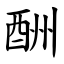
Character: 酬